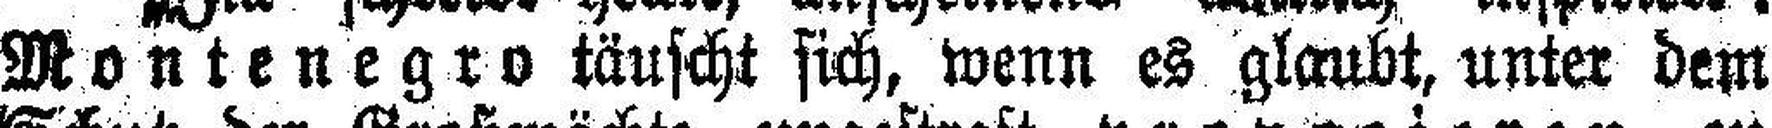
Montenegro täuscht sich, wenn es glaubt, unter dem